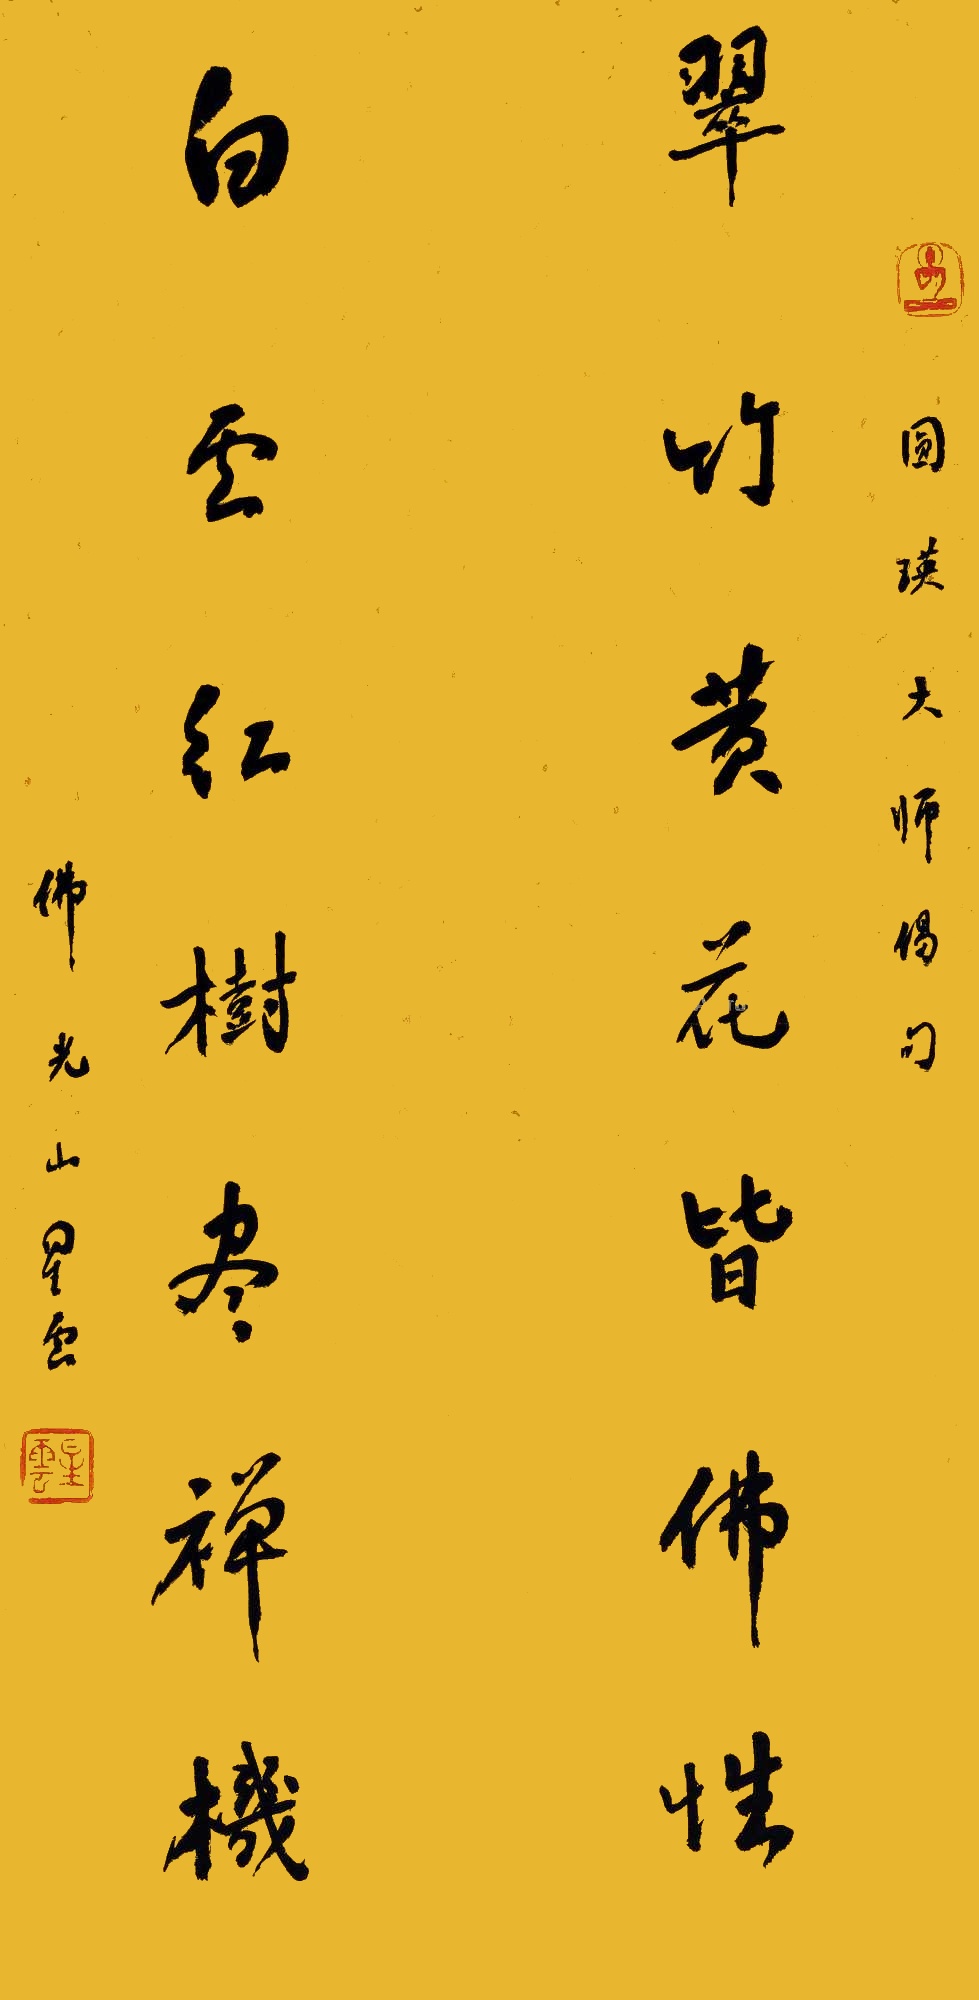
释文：翠竹黄花皆佛性，白云红树尽禅机佛光山星云、圆瑛大师偈句